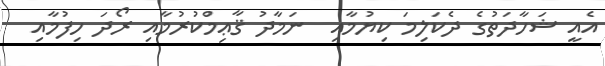
އެއީ ޝަހާދަތުގެ ދެކަލިމަ ކިޔުމާއި  ނަމާދު ޤާޢިމްކުރުމާއި ރޯދަ ހިފުމާއި